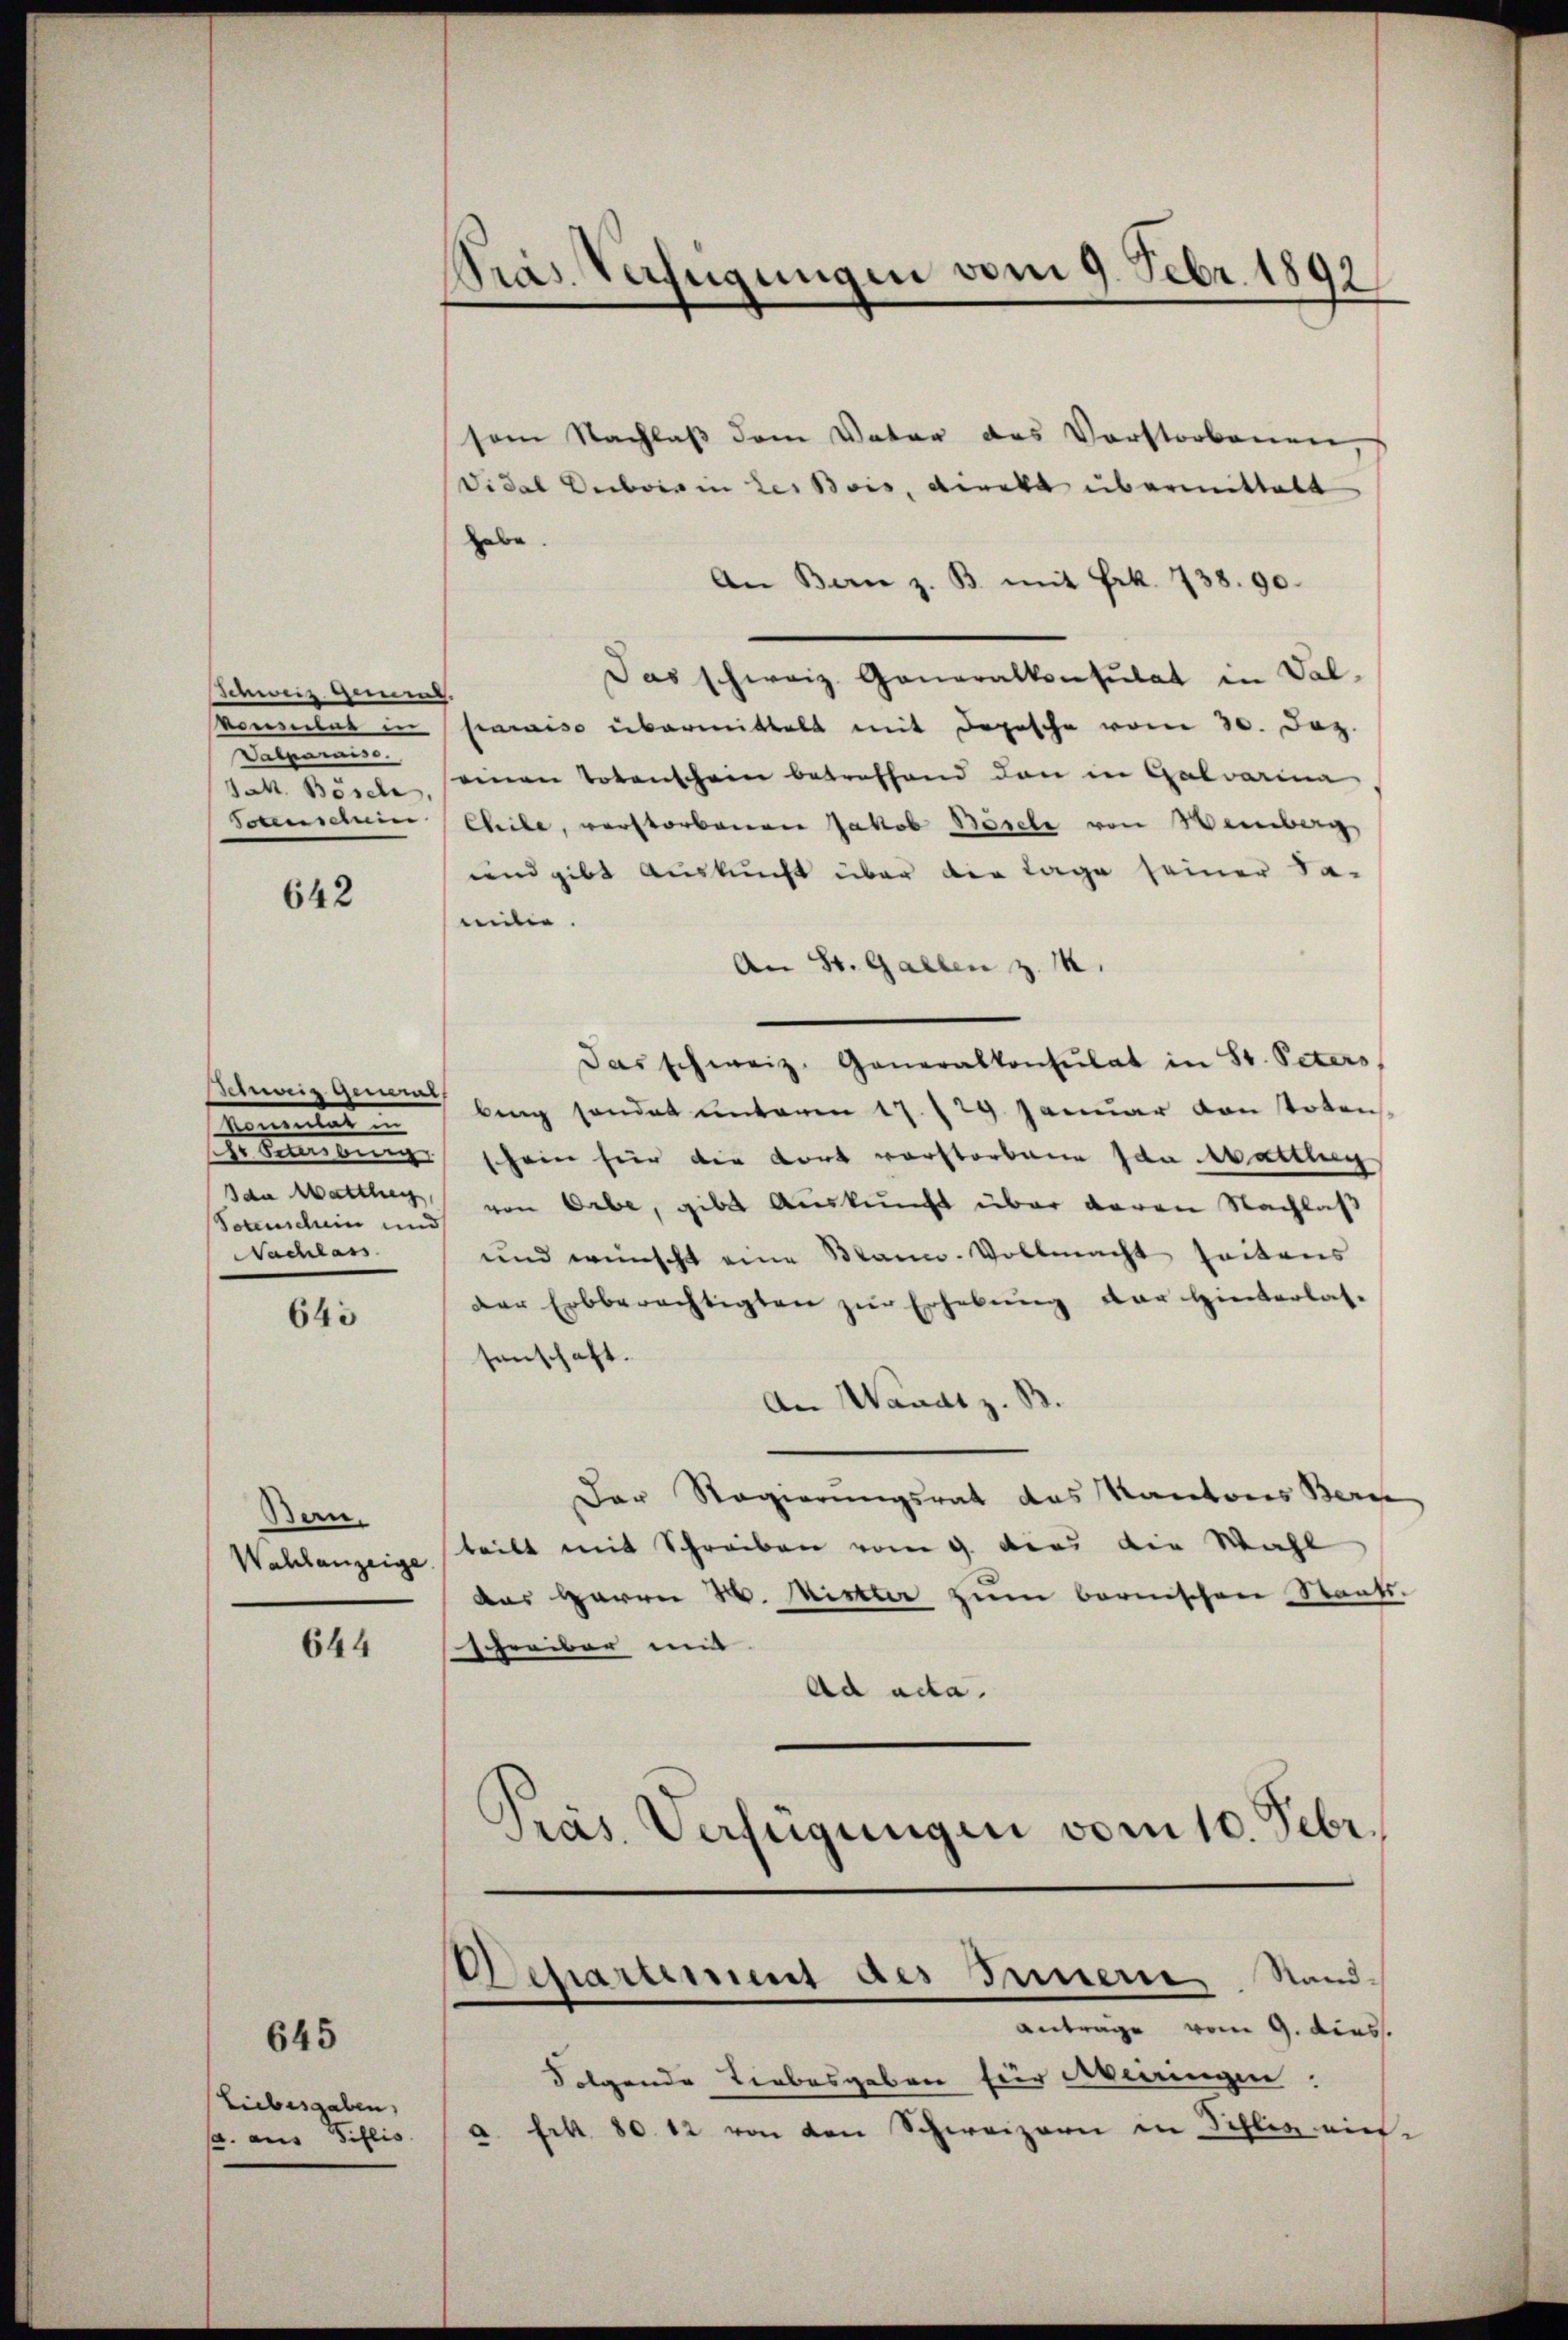
Schweiz gement,
vonlat in
Vatparniss
M. Bösch
Sctenschein

642

Betung gewal
Sentirt
schen der einen einen
Ida Mattler,
Totuscum und
Nachlass

643

Ban.
Wahlanzeige

644

645

Liebesgaben,
/3. aus Gillis.

Präs. Verfügungen vom 9. Febr. 1892.

sem Nachlaß dem Vater das Vorstorbenen
Vidal Dubois in der Bois, Direkt übermittelt
habe.
An Bern z. B. mit Frk. 738. 90.
Das schweiz. Generalkonsulat in Val-
paraiso übermittelt mit Depesche vom 30. Dez.
einen Totenschein betreffend den in Galvarina
Chile, verstorbenen Jakob Bösche von Weinberg
und gibt Auskunft über die Tage seiner Sa-
milie.
An St. Gallen z. M.
Das schweiz. Generalkonsulat in St. Peters,
bing sondet unterm 17. 129. Januar von totens
schein hier die Fort verstorbene Ida Mattlun
von Orbe, gibt Auskunft über davon Nachlaß
und wünscht eine Mann-Vollmacht seitens
Der Erbberechtigten zŭr Erhebŭng der Hinterlas-
senschaft.
An Waadt z. B.
Der Regierungsrat des Kantons Beri
teilt mit Schreiben vom 9. dies die Wahl
das Herrn H. Mister zum bernischen Staats-
schreiber mit |
Ad ada.
Pras. Verfügungen vom 10. Febr.

Folgende Liebesgaben für Meiringen.
a. Frk. 80. 12 von den Schweizern in Schles ein-

Departement des Innern, Sand¬
Anträge vom 9. diess.